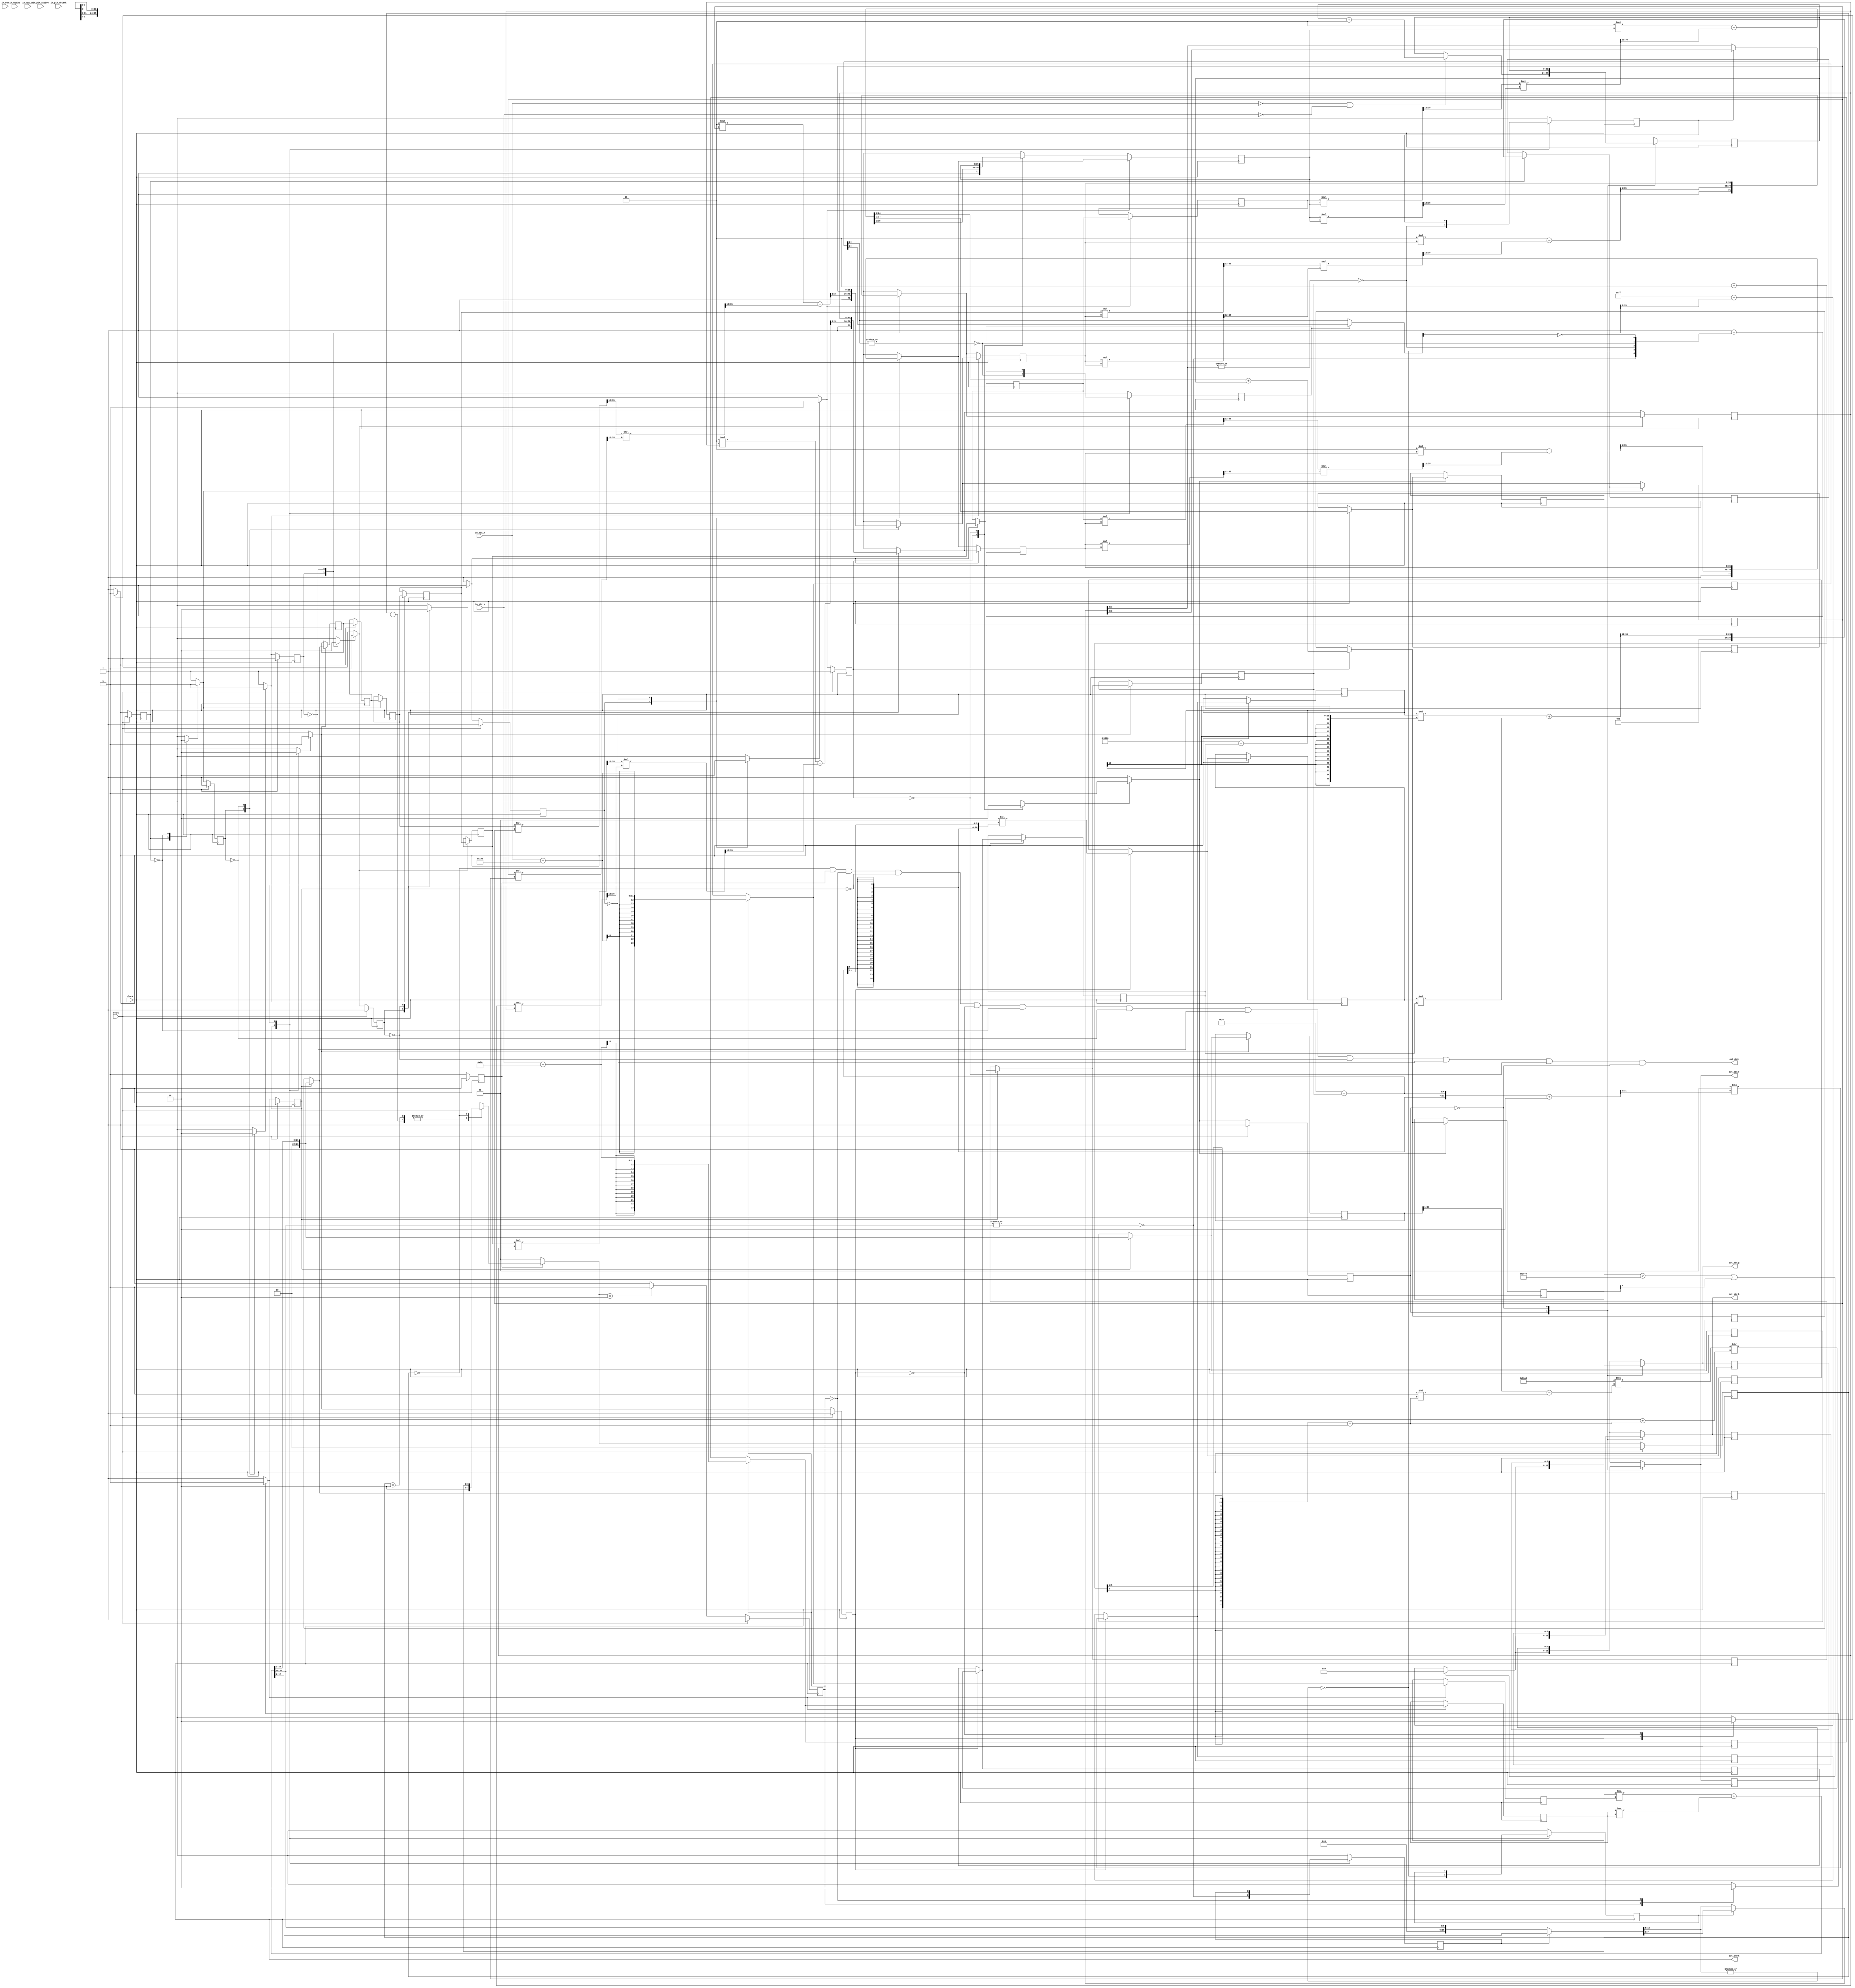
/*
[Bare framework] Leave empty, this is used when exporting to verilog
*/

module M_frame_display (
in_pix_x,
in_pix_y,
in_pix_active,
in_pix_vblank,
in_vga_hs,
in_vga_vs,
out_pix_r,
out_pix_g,
out_pix_b,
in_run,
out_done,
reset,
out_clock,
clock
);
input  [10:0] in_pix_x;
input  [10:0] in_pix_y;
input  [0:0] in_pix_active;
input  [0:0] in_pix_vblank;
input  [0:0] in_vga_hs;
input  [0:0] in_vga_vs;
output  [7:0] out_pix_r;
output  [7:0] out_pix_g;
output  [7:0] out_pix_b;
input in_run;
output out_done;
input reset;
output out_clock;
input clock;
assign out_clock = clock;
reg signed [23:0] _t___stage___block_5_view_x;
reg signed [23:0] _t___stage___block_5_view_y;
reg  [23:0] _t___stage___block_6_lsq;
reg  [23:0] _t___stage___block_6_inv_l;
reg  [23:0] _t___block_7_c_rsqrt_v;
reg  [18:0] _t___block_7_c_rsqrt_b;
reg  [18:0] _t___block_7_c_rsqrt_t;
reg  [31:0] _t___block_7_c_rsqrt_l;
reg  [18:0] _t___block_7_c_rsqrt_ff;
reg  [4:0] _t___block_7_c_rsqrt_lx;
reg  [31:0] _t___block_7_c_rsqrt_xx;
reg  [4:0] _t___block_8_clog_count;
reg  [3:0] _t___block_9_clz_r_half_count;
reg  [15:0] _t___block_9_clz_r_lhs;
reg  [15:0] _t___block_9_clz_r_rhs;
reg  [15:0] _t___block_9_clz_r_half;
reg  [2:0] _t___block_10_clz_r_half_count;
reg  [7:0] _t___block_10_clz_r_lhs;
reg  [7:0] _t___block_10_clz_r_rhs;
reg  [7:0] _t___block_10_clz_r_half;
reg  [1:0] _t___block_11_clz_r_half_count;
reg  [3:0] _t___block_11_clz_r_lhs;
reg  [3:0] _t___block_11_clz_r_rhs;
reg  [3:0] _t___block_11_clz_r_half;
reg  [0:0] _t___block_12_clz_r_half_count;
reg  [1:0] _t___block_12_clz_r_lhs;
reg  [1:0] _t___block_12_clz_r_rhs;
reg  [1:0] _t___block_12_clz_r_half;
reg  [35:0] _t___stage___block_21_y;
reg  [23:0] _t___block_27_invd;
reg  [0:0] _t___stage___block_28_in_circ;
reg  [7:0] _t___stage___block_28_comp;
reg  [7:0] _t___stage___block_28_shaded;

reg  [23:0] _d_frame = 0;
reg  [23:0] _q_frame = 0;
reg  [0:0] _d___block_9_clz_r_left_empty;
reg  [0:0] _q___block_9_clz_r_left_empty;
reg  [0:0] _d___block_10_clz_r_left_empty;
reg  [0:0] _q___block_10_clz_r_left_empty;
reg  [0:0] _d___block_11_clz_r_left_empty;
reg  [0:0] _q___block_11_clz_r_left_empty;
reg  [0:0] _d___block_12_clz_r_left_empty;
reg  [0:0] _q___block_12_clz_r_left_empty;
reg  [23:0] _d___pip_11_1_8___block_27_invd;
reg  [23:0] _q___pip_11_1_8___block_27_invd;
reg  [23:0] _d___pip_11_1_9___block_27_invd;
reg  [23:0] _q___pip_11_1_9___block_27_invd;
reg  [18:0] _d___pip_11_1_2___block_7_c_rsqrt_b;
reg  [18:0] _q___pip_11_1_2___block_7_c_rsqrt_b;
reg  [18:0] _d___pip_11_1_3___block_7_c_rsqrt_b;
reg  [18:0] _q___pip_11_1_3___block_7_c_rsqrt_b;
reg  [18:0] _d___pip_11_1_2___block_7_c_rsqrt_ff;
reg  [18:0] _q___pip_11_1_2___block_7_c_rsqrt_ff;
reg  [18:0] _d___pip_11_1_3___block_7_c_rsqrt_ff;
reg  [18:0] _q___pip_11_1_3___block_7_c_rsqrt_ff;
reg  [4:0] _d___pip_11_1_1___block_7_c_rsqrt_lx;
reg  [4:0] _q___pip_11_1_1___block_7_c_rsqrt_lx;
reg  [4:0] _d___pip_11_1_2___block_7_c_rsqrt_lx;
reg  [4:0] _q___pip_11_1_2___block_7_c_rsqrt_lx;
reg  [18:0] _d___pip_11_1_2___block_7_c_rsqrt_t;
reg  [18:0] _q___pip_11_1_2___block_7_c_rsqrt_t;
reg  [18:0] _d___pip_11_1_3___block_7_c_rsqrt_t;
reg  [18:0] _q___pip_11_1_3___block_7_c_rsqrt_t;
reg  [23:0] _d___pip_11_1_1___block_7_c_rsqrt_v;
reg  [23:0] _q___pip_11_1_1___block_7_c_rsqrt_v;
reg  [23:0] _d___pip_11_1_2___block_7_c_rsqrt_v;
reg  [23:0] _q___pip_11_1_2___block_7_c_rsqrt_v;
reg  [35:0] _d___pip_11_1_3___stage___block_21_y;
reg  [35:0] _q___pip_11_1_3___stage___block_21_y;
reg  [35:0] _d___pip_11_1_4___stage___block_21_y;
reg  [35:0] _q___pip_11_1_4___stage___block_21_y;
reg  [35:0] _d___pip_11_1_5___stage___block_21_y;
reg  [35:0] _q___pip_11_1_5___stage___block_21_y;
reg  [35:0] _d___pip_11_1_6___stage___block_21_y;
reg  [35:0] _q___pip_11_1_6___stage___block_21_y;
reg  [35:0] _d___pip_11_1_7___stage___block_21_y;
reg  [35:0] _q___pip_11_1_7___stage___block_21_y;
reg  [35:0] _d___pip_11_1_8___stage___block_21_y;
reg  [35:0] _q___pip_11_1_8___stage___block_21_y;
reg signed [23:0] _d___pip_11_1_0___stage___block_5_view_x;
reg signed [23:0] _q___pip_11_1_0___stage___block_5_view_x;
reg signed [23:0] _d___pip_11_1_1___stage___block_5_view_x;
reg signed [23:0] _q___pip_11_1_1___stage___block_5_view_x;
reg signed [23:0] _d___pip_11_1_0___stage___block_5_view_y;
reg signed [23:0] _q___pip_11_1_0___stage___block_5_view_y;
reg signed [23:0] _d___pip_11_1_1___stage___block_5_view_y;
reg signed [23:0] _q___pip_11_1_1___stage___block_5_view_y;
reg  [23:0] _d___pip_11_1_8___stage___block_6_inv_l;
reg  [23:0] _q___pip_11_1_8___stage___block_6_inv_l;
reg  [23:0] _d___pip_11_1_9___stage___block_6_inv_l;
reg  [23:0] _q___pip_11_1_9___stage___block_6_inv_l;
reg  [23:0] _d___pip_11_1_1___stage___block_6_lsq;
reg  [23:0] _q___pip_11_1_1___stage___block_6_lsq;
reg  [23:0] _d___pip_11_1_2___stage___block_6_lsq;
reg  [23:0] _q___pip_11_1_2___stage___block_6_lsq;
reg  [23:0] _d___pip_11_1_3___stage___block_6_lsq;
reg  [23:0] _q___pip_11_1_3___stage___block_6_lsq;
reg  [23:0] _d___pip_11_1_4___stage___block_6_lsq;
reg  [23:0] _q___pip_11_1_4___stage___block_6_lsq;
reg  [23:0] _d___pip_11_1_5___stage___block_6_lsq;
reg  [23:0] _q___pip_11_1_5___stage___block_6_lsq;
reg  [23:0] _d___pip_11_1_6___stage___block_6_lsq;
reg  [23:0] _q___pip_11_1_6___stage___block_6_lsq;
reg  [23:0] _d___pip_11_1_7___stage___block_6_lsq;
reg  [23:0] _q___pip_11_1_7___stage___block_6_lsq;
reg  [23:0] _d___pip_11_1_8___stage___block_6_lsq;
reg  [23:0] _q___pip_11_1_8___stage___block_6_lsq;
reg  [7:0] _d_pix_r;
reg  [7:0] _q_pix_r;
reg  [7:0] _d_pix_g;
reg  [7:0] _q_pix_g;
reg  [7:0] _d_pix_b;
reg  [7:0] _q_pix_b;
reg  [1:0] _d__idx_fsm0,_q__idx_fsm0;
reg  _autorun = 0;
reg  [0:0] _d__idx_fsm___pip_11_1_0,_q__idx_fsm___pip_11_1_0;
wire _ready_fsm___pip_11_1_0 = (_q__idx_fsm___pip_11_1_0 == 1) || (_q__idx_fsm___pip_11_1_0 == 0);
reg  [0:0] _d__full_fsm___pip_11_1_0 = 0,_q__full_fsm___pip_11_1_0 = 0;
reg  [0:0] _t__stall_fsm___pip_11_1_0 = 0;
reg  [0:0] _t__1stdisable_fsm___pip_11_1_0 = 0;
reg  [0:0] _d__idx_fsm___pip_11_1_1,_q__idx_fsm___pip_11_1_1;
wire _ready_fsm___pip_11_1_1 = (_q__idx_fsm___pip_11_1_1 == 1) || (_q__idx_fsm___pip_11_1_1 == 0);
reg  [0:0] _d__full_fsm___pip_11_1_1 = 0,_q__full_fsm___pip_11_1_1 = 0;
reg  [0:0] _t__stall_fsm___pip_11_1_1 = 0;
reg  [0:0] _t__1stdisable_fsm___pip_11_1_1 = 0;
reg  [0:0] _d__idx_fsm___pip_11_1_2,_q__idx_fsm___pip_11_1_2;
wire _ready_fsm___pip_11_1_2 = (_q__idx_fsm___pip_11_1_2 == 1) || (_q__idx_fsm___pip_11_1_2 == 0);
reg  [0:0] _d__full_fsm___pip_11_1_2 = 0,_q__full_fsm___pip_11_1_2 = 0;
reg  [0:0] _t__stall_fsm___pip_11_1_2 = 0;
reg  [0:0] _t__1stdisable_fsm___pip_11_1_2 = 0;
reg  [0:0] _d__idx_fsm___pip_11_1_3,_q__idx_fsm___pip_11_1_3;
wire _ready_fsm___pip_11_1_3 = (_q__idx_fsm___pip_11_1_3 == 1) || (_q__idx_fsm___pip_11_1_3 == 0);
reg  [0:0] _d__full_fsm___pip_11_1_3 = 0,_q__full_fsm___pip_11_1_3 = 0;
reg  [0:0] _t__stall_fsm___pip_11_1_3 = 0;
reg  [0:0] _t__1stdisable_fsm___pip_11_1_3 = 0;
reg  [0:0] _d__idx_fsm___pip_11_1_4,_q__idx_fsm___pip_11_1_4;
wire _ready_fsm___pip_11_1_4 = (_q__idx_fsm___pip_11_1_4 == 1) || (_q__idx_fsm___pip_11_1_4 == 0);
reg  [0:0] _d__full_fsm___pip_11_1_4 = 0,_q__full_fsm___pip_11_1_4 = 0;
reg  [0:0] _t__stall_fsm___pip_11_1_4 = 0;
reg  [0:0] _t__1stdisable_fsm___pip_11_1_4 = 0;
reg  [0:0] _d__idx_fsm___pip_11_1_5,_q__idx_fsm___pip_11_1_5;
wire _ready_fsm___pip_11_1_5 = (_q__idx_fsm___pip_11_1_5 == 1) || (_q__idx_fsm___pip_11_1_5 == 0);
reg  [0:0] _d__full_fsm___pip_11_1_5 = 0,_q__full_fsm___pip_11_1_5 = 0;
reg  [0:0] _t__stall_fsm___pip_11_1_5 = 0;
reg  [0:0] _t__1stdisable_fsm___pip_11_1_5 = 0;
reg  [0:0] _d__idx_fsm___pip_11_1_6,_q__idx_fsm___pip_11_1_6;
wire _ready_fsm___pip_11_1_6 = (_q__idx_fsm___pip_11_1_6 == 1) || (_q__idx_fsm___pip_11_1_6 == 0);
reg  [0:0] _d__full_fsm___pip_11_1_6 = 0,_q__full_fsm___pip_11_1_6 = 0;
reg  [0:0] _t__stall_fsm___pip_11_1_6 = 0;
reg  [0:0] _t__1stdisable_fsm___pip_11_1_6 = 0;
reg  [0:0] _d__idx_fsm___pip_11_1_7,_q__idx_fsm___pip_11_1_7;
wire _ready_fsm___pip_11_1_7 = (_q__idx_fsm___pip_11_1_7 == 1) || (_q__idx_fsm___pip_11_1_7 == 0);
reg  [0:0] _d__full_fsm___pip_11_1_7 = 0,_q__full_fsm___pip_11_1_7 = 0;
reg  [0:0] _t__stall_fsm___pip_11_1_7 = 0;
reg  [0:0] _t__1stdisable_fsm___pip_11_1_7 = 0;
reg  [0:0] _d__idx_fsm___pip_11_1_8,_q__idx_fsm___pip_11_1_8;
wire _ready_fsm___pip_11_1_8 = (_q__idx_fsm___pip_11_1_8 == 1) || (_q__idx_fsm___pip_11_1_8 == 0);
reg  [0:0] _d__full_fsm___pip_11_1_8 = 0,_q__full_fsm___pip_11_1_8 = 0;
reg  [0:0] _t__stall_fsm___pip_11_1_8 = 0;
reg  [0:0] _t__1stdisable_fsm___pip_11_1_8 = 0;
reg  [0:0] _d__idx_fsm___pip_11_1_9,_q__idx_fsm___pip_11_1_9;
wire _ready_fsm___pip_11_1_9 = (_q__idx_fsm___pip_11_1_9 == 1) || (_q__idx_fsm___pip_11_1_9 == 0);
reg  [0:0] _d__full_fsm___pip_11_1_9 = 0,_q__full_fsm___pip_11_1_9 = 0;
reg  [0:0] _t__stall_fsm___pip_11_1_9 = 0;
reg  [0:0] _t__1stdisable_fsm___pip_11_1_9 = 0;
assign out_pix_r = _d_pix_r;
assign out_pix_g = _d_pix_g;
assign out_pix_b = _d_pix_b;
assign out_done = (_q__idx_fsm0 == 0) && _autorun
 &&   _q__idx_fsm___pip_11_1_0 == 0 && ~ _q__full_fsm___pip_11_1_0
 &&   _q__idx_fsm___pip_11_1_1 == 0 && ~ _q__full_fsm___pip_11_1_1
 &&   _q__idx_fsm___pip_11_1_2 == 0 && ~ _q__full_fsm___pip_11_1_2
 &&   _q__idx_fsm___pip_11_1_3 == 0 && ~ _q__full_fsm___pip_11_1_3
 &&   _q__idx_fsm___pip_11_1_4 == 0 && ~ _q__full_fsm___pip_11_1_4
 &&   _q__idx_fsm___pip_11_1_5 == 0 && ~ _q__full_fsm___pip_11_1_5
 &&   _q__idx_fsm___pip_11_1_6 == 0 && ~ _q__full_fsm___pip_11_1_6
 &&   _q__idx_fsm___pip_11_1_7 == 0 && ~ _q__full_fsm___pip_11_1_7
 &&   _q__idx_fsm___pip_11_1_8 == 0 && ~ _q__full_fsm___pip_11_1_8
 &&   _q__idx_fsm___pip_11_1_9 == 0
;



`ifdef FORMAL
initial begin
assume(reset);
end
assume property($initstate || (out_done));
`endif
always @* begin
_d_frame = _q_frame;
_d___block_9_clz_r_left_empty = _q___block_9_clz_r_left_empty;
_d___block_10_clz_r_left_empty = _q___block_10_clz_r_left_empty;
_d___block_11_clz_r_left_empty = _q___block_11_clz_r_left_empty;
_d___block_12_clz_r_left_empty = _q___block_12_clz_r_left_empty;
_d___pip_11_1_8___block_27_invd = _q___pip_11_1_8___block_27_invd;
_d___pip_11_1_9___block_27_invd = _q___pip_11_1_9___block_27_invd;
_d___pip_11_1_2___block_7_c_rsqrt_b = _q___pip_11_1_2___block_7_c_rsqrt_b;
_d___pip_11_1_3___block_7_c_rsqrt_b = _q___pip_11_1_3___block_7_c_rsqrt_b;
_d___pip_11_1_2___block_7_c_rsqrt_ff = _q___pip_11_1_2___block_7_c_rsqrt_ff;
_d___pip_11_1_3___block_7_c_rsqrt_ff = _q___pip_11_1_3___block_7_c_rsqrt_ff;
_d___pip_11_1_1___block_7_c_rsqrt_lx = _q___pip_11_1_1___block_7_c_rsqrt_lx;
_d___pip_11_1_2___block_7_c_rsqrt_lx = _q___pip_11_1_2___block_7_c_rsqrt_lx;
_d___pip_11_1_2___block_7_c_rsqrt_t = _q___pip_11_1_2___block_7_c_rsqrt_t;
_d___pip_11_1_3___block_7_c_rsqrt_t = _q___pip_11_1_3___block_7_c_rsqrt_t;
_d___pip_11_1_1___block_7_c_rsqrt_v = _q___pip_11_1_1___block_7_c_rsqrt_v;
_d___pip_11_1_2___block_7_c_rsqrt_v = _q___pip_11_1_2___block_7_c_rsqrt_v;
_d___pip_11_1_3___stage___block_21_y = _q___pip_11_1_3___stage___block_21_y;
_d___pip_11_1_4___stage___block_21_y = _q___pip_11_1_4___stage___block_21_y;
_d___pip_11_1_5___stage___block_21_y = _q___pip_11_1_5___stage___block_21_y;
_d___pip_11_1_6___stage___block_21_y = _q___pip_11_1_6___stage___block_21_y;
_d___pip_11_1_7___stage___block_21_y = _q___pip_11_1_7___stage___block_21_y;
_d___pip_11_1_8___stage___block_21_y = _q___pip_11_1_8___stage___block_21_y;
_d___pip_11_1_0___stage___block_5_view_x = _q___pip_11_1_0___stage___block_5_view_x;
_d___pip_11_1_1___stage___block_5_view_x = _q___pip_11_1_1___stage___block_5_view_x;
_d___pip_11_1_0___stage___block_5_view_y = _q___pip_11_1_0___stage___block_5_view_y;
_d___pip_11_1_1___stage___block_5_view_y = _q___pip_11_1_1___stage___block_5_view_y;
_d___pip_11_1_8___stage___block_6_inv_l = _q___pip_11_1_8___stage___block_6_inv_l;
_d___pip_11_1_9___stage___block_6_inv_l = _q___pip_11_1_9___stage___block_6_inv_l;
_d___pip_11_1_1___stage___block_6_lsq = _q___pip_11_1_1___stage___block_6_lsq;
_d___pip_11_1_2___stage___block_6_lsq = _q___pip_11_1_2___stage___block_6_lsq;
_d___pip_11_1_3___stage___block_6_lsq = _q___pip_11_1_3___stage___block_6_lsq;
_d___pip_11_1_4___stage___block_6_lsq = _q___pip_11_1_4___stage___block_6_lsq;
_d___pip_11_1_5___stage___block_6_lsq = _q___pip_11_1_5___stage___block_6_lsq;
_d___pip_11_1_6___stage___block_6_lsq = _q___pip_11_1_6___stage___block_6_lsq;
_d___pip_11_1_7___stage___block_6_lsq = _q___pip_11_1_7___stage___block_6_lsq;
_d___pip_11_1_8___stage___block_6_lsq = _q___pip_11_1_8___stage___block_6_lsq;
_d_pix_r = _q_pix_r;
_d_pix_g = _q_pix_g;
_d_pix_b = _q_pix_b;
_d__idx_fsm0 = _q__idx_fsm0;
_d__idx_fsm___pip_11_1_0 = _q__idx_fsm___pip_11_1_0;
_d__full_fsm___pip_11_1_0 = _q__full_fsm___pip_11_1_0;
_t__stall_fsm___pip_11_1_0 = 0;
_t__1stdisable_fsm___pip_11_1_0 = 0;
_d__idx_fsm___pip_11_1_1 = _q__idx_fsm___pip_11_1_1;
_d__full_fsm___pip_11_1_1 = _q__full_fsm___pip_11_1_1;
_t__stall_fsm___pip_11_1_1 = 0;
_t__1stdisable_fsm___pip_11_1_1 = 0;
_d__idx_fsm___pip_11_1_2 = _q__idx_fsm___pip_11_1_2;
_d__full_fsm___pip_11_1_2 = _q__full_fsm___pip_11_1_2;
_t__stall_fsm___pip_11_1_2 = 0;
_t__1stdisable_fsm___pip_11_1_2 = 0;
_d__idx_fsm___pip_11_1_3 = _q__idx_fsm___pip_11_1_3;
_d__full_fsm___pip_11_1_3 = _q__full_fsm___pip_11_1_3;
_t__stall_fsm___pip_11_1_3 = 0;
_t__1stdisable_fsm___pip_11_1_3 = 0;
_d__idx_fsm___pip_11_1_4 = _q__idx_fsm___pip_11_1_4;
_d__full_fsm___pip_11_1_4 = _q__full_fsm___pip_11_1_4;
_t__stall_fsm___pip_11_1_4 = 0;
_t__1stdisable_fsm___pip_11_1_4 = 0;
_d__idx_fsm___pip_11_1_5 = _q__idx_fsm___pip_11_1_5;
_d__full_fsm___pip_11_1_5 = _q__full_fsm___pip_11_1_5;
_t__stall_fsm___pip_11_1_5 = 0;
_t__1stdisable_fsm___pip_11_1_5 = 0;
_d__idx_fsm___pip_11_1_6 = _q__idx_fsm___pip_11_1_6;
_d__full_fsm___pip_11_1_6 = _q__full_fsm___pip_11_1_6;
_t__stall_fsm___pip_11_1_6 = 0;
_t__1stdisable_fsm___pip_11_1_6 = 0;
_d__idx_fsm___pip_11_1_7 = _q__idx_fsm___pip_11_1_7;
_d__full_fsm___pip_11_1_7 = _q__full_fsm___pip_11_1_7;
_t__stall_fsm___pip_11_1_7 = 0;
_t__1stdisable_fsm___pip_11_1_7 = 0;
_d__idx_fsm___pip_11_1_8 = _q__idx_fsm___pip_11_1_8;
_d__full_fsm___pip_11_1_8 = _q__full_fsm___pip_11_1_8;
_t__stall_fsm___pip_11_1_8 = 0;
_t__1stdisable_fsm___pip_11_1_8 = 0;
_d__idx_fsm___pip_11_1_9 = _q__idx_fsm___pip_11_1_9;
_d__full_fsm___pip_11_1_9 = _q__full_fsm___pip_11_1_9;
_t__stall_fsm___pip_11_1_9 = 0;
_t__1stdisable_fsm___pip_11_1_9 = 0;
_t___stage___block_5_view_x = 0;
_t___stage___block_5_view_y = 0;
_t___stage___block_6_lsq = 0;
_t___stage___block_6_inv_l = 0;
_t___block_7_c_rsqrt_v = 0;
_t___block_7_c_rsqrt_b = 0;
_t___block_7_c_rsqrt_t = 0;
_t___block_7_c_rsqrt_l = 0;
_t___block_7_c_rsqrt_ff = 0;
_t___block_7_c_rsqrt_lx = 0;
_t___block_7_c_rsqrt_xx = 0;
_t___block_8_clog_count = 0;
_t___block_9_clz_r_half_count = 0;
_t___block_9_clz_r_lhs = 0;
_t___block_9_clz_r_rhs = 0;
_t___block_9_clz_r_half = 0;
_t___block_10_clz_r_half_count = 0;
_t___block_10_clz_r_lhs = 0;
_t___block_10_clz_r_rhs = 0;
_t___block_10_clz_r_half = 0;
_t___block_11_clz_r_half_count = 0;
_t___block_11_clz_r_lhs = 0;
_t___block_11_clz_r_rhs = 0;
_t___block_11_clz_r_half = 0;
_t___block_12_clz_r_half_count = 0;
_t___block_12_clz_r_lhs = 0;
_t___block_12_clz_r_rhs = 0;
_t___block_12_clz_r_half = 0;
_t___stage___block_21_y = 0;
_t___block_27_invd = 0;
_t___stage___block_28_in_circ = 0;
_t___stage___block_28_comp = 0;
_t___stage___block_28_shaded = 0;
// _always_pre
(* full_case *)
case (_q__idx_fsm0)
1: begin
// _top
_d__idx_fsm0 = 2;
end
2: begin
// __while__block_1
if (1) begin
// __block_2
// __block_4
// --> pipeline __pip_11_1 starts here
_t__1stdisable_fsm___pip_11_1_0 = 0;
// __block_34
// __block_35
_d__idx_fsm0 = 2;
end else begin
// __block_3
_d__idx_fsm0 = 0;
_t__1stdisable_fsm___pip_11_1_0 = 1;
end
end
0: begin 
end
default: begin 
_d__idx_fsm0 = {2{1'bx}};
`ifdef FORMAL
assume(0);
`endif
 end
endcase
// ==== pipelines ====
// pipeline
// -------- stage 0
(* full_case *)
case (_q__idx_fsm___pip_11_1_0)
1: begin
if (~_t__1stdisable_fsm___pip_11_1_0) begin 
// __stage___block_5
_t___stage___block_5_view_x = (($signed(in_pix_x)-$signed(24'd320)));

_t___stage___block_5_view_y = (($signed(in_pix_y)-$signed(24'd240)));

// end of pipeline stage
_d__full_fsm___pip_11_1_0 = 1;
end // 7
_d__idx_fsm___pip_11_1_0 = _t__stall_fsm___pip_11_1_0 ? 1 : 0;
end
0: begin 
end
default: begin 
_d__idx_fsm___pip_11_1_0 = {1{1'bx}};
`ifdef FORMAL
assume(0);
`endif
 end
endcase
// --- trickling
if (_q__idx_fsm___pip_11_1_0 == 1  ) begin
_d___pip_11_1_0___stage___block_5_view_y = _t___stage___block_5_view_y;
end else begin
_d___pip_11_1_0___stage___block_5_view_y = _q___pip_11_1_0___stage___block_5_view_y;
end
if (_q__idx_fsm___pip_11_1_0 == 1  ) begin
_d___pip_11_1_0___stage___block_5_view_x = _t___stage___block_5_view_x;
end else begin
_d___pip_11_1_0___stage___block_5_view_x = _q___pip_11_1_0___stage___block_5_view_x;
end
// -------- stage 1
(* full_case *)
case (_q__idx_fsm___pip_11_1_1)
1: begin
// __stage___block_6
_t___stage___block_6_lsq = (_q___pip_11_1_1___stage___block_5_view_x*_q___pip_11_1_1___stage___block_5_view_x+_q___pip_11_1_1___stage___block_5_view_y*_q___pip_11_1_1___stage___block_5_view_y)>>2;

// __block_7_c_rsqrt
_t___block_7_c_rsqrt_xx = _t___stage___block_6_lsq;

// __block_8_clog
// __block_9_clz_r
_t___block_9_clz_r_lhs = _t___block_7_c_rsqrt_xx[16+:16];

_t___block_9_clz_r_rhs = _t___block_7_c_rsqrt_xx[0+:16];

_t___block_9_clz_r_half = _q___block_9_clz_r_left_empty ? _t___block_9_clz_r_rhs:_t___block_9_clz_r_lhs;

_d___block_9_clz_r_left_empty = ~|_t___block_9_clz_r_lhs;

// __block_10_clz_r
_t___block_10_clz_r_lhs = _t___block_9_clz_r_half[8+:8];

_t___block_10_clz_r_rhs = _t___block_9_clz_r_half[0+:8];

_t___block_10_clz_r_half = _q___block_10_clz_r_left_empty ? _t___block_10_clz_r_rhs:_t___block_10_clz_r_lhs;

_d___block_10_clz_r_left_empty = ~|_t___block_10_clz_r_lhs;

// __block_11_clz_r
_t___block_11_clz_r_lhs = _t___block_10_clz_r_half[4+:4];

_t___block_11_clz_r_rhs = _t___block_10_clz_r_half[0+:4];

_t___block_11_clz_r_half = _q___block_11_clz_r_left_empty ? _t___block_11_clz_r_rhs:_t___block_11_clz_r_lhs;

_d___block_11_clz_r_left_empty = ~|_t___block_11_clz_r_lhs;

// __block_12_clz_r
_t___block_12_clz_r_lhs = _t___block_11_clz_r_half[2+:2];

_t___block_12_clz_r_rhs = _t___block_11_clz_r_half[0+:2];

_t___block_12_clz_r_half = _q___block_12_clz_r_left_empty ? _t___block_12_clz_r_rhs:_t___block_12_clz_r_lhs;

_d___block_12_clz_r_left_empty = ~|_t___block_12_clz_r_lhs;

// __block_13_clz_r
_t___block_12_clz_r_half_count = !_t___block_12_clz_r_half[1+:1];

// __block_14
_t___block_11_clz_r_half_count = {_d___block_12_clz_r_left_empty,_t___block_12_clz_r_half_count};

// __block_15
_t___block_10_clz_r_half_count = {_d___block_11_clz_r_left_empty,_t___block_11_clz_r_half_count};

// __block_16
_t___block_9_clz_r_half_count = {_d___block_10_clz_r_left_empty,_t___block_10_clz_r_half_count};

// __block_17
_t___block_8_clog_count = {_d___block_9_clz_r_left_empty,_t___block_9_clz_r_half_count};

// __block_18
_t___block_7_c_rsqrt_lx = 32-_t___block_8_clog_count;

// __block_19
_t___block_7_c_rsqrt_v = _t___stage___block_6_lsq;

// end of pipeline stage
_d__full_fsm___pip_11_1_1 = 1;
_d__idx_fsm___pip_11_1_1 = _t__stall_fsm___pip_11_1_1 ? 1 : 0;
end
0: begin 
end
default: begin 
_d__idx_fsm___pip_11_1_1 = {1{1'bx}};
`ifdef FORMAL
assume(0);
`endif
 end
endcase
// --- trickling
if (_q__idx_fsm___pip_11_1_1 == 1  ) begin
_d___pip_11_1_1___stage___block_6_lsq = _t___stage___block_6_lsq;
end else begin
_d___pip_11_1_1___stage___block_6_lsq = _q___pip_11_1_1___stage___block_6_lsq;
end
if (_q__idx_fsm___pip_11_1_1 == 1  ) begin
_d___pip_11_1_1___block_7_c_rsqrt_v = _t___block_7_c_rsqrt_v;
end else begin
_d___pip_11_1_1___block_7_c_rsqrt_v = _q___pip_11_1_1___block_7_c_rsqrt_v;
end
if (_q__idx_fsm___pip_11_1_1 == 1  ) begin
_d___pip_11_1_1___block_7_c_rsqrt_lx = _t___block_7_c_rsqrt_lx;
end else begin
_d___pip_11_1_1___block_7_c_rsqrt_lx = _q___pip_11_1_1___block_7_c_rsqrt_lx;
end
// -------- stage 2
(* full_case *)
case (_q__idx_fsm___pip_11_1_2)
1: begin
// __stage___block_20
_t___block_7_c_rsqrt_t = 1<<((36-_q___pip_11_1_2___block_7_c_rsqrt_lx+2)>>1);

_t___block_7_c_rsqrt_b = 1<<((36-_q___pip_11_1_2___block_7_c_rsqrt_lx)>>1);

_t___block_7_c_rsqrt_l = (((_q___pip_11_1_2___block_7_c_rsqrt_lx-3)>>1)<<1)+1;

_t___block_7_c_rsqrt_ff = (5792*((_q___pip_11_1_2___block_7_c_rsqrt_v>>1)-(1<<_t___block_7_c_rsqrt_l)))>>(2+_t___block_7_c_rsqrt_l);

// end of pipeline stage
_d__full_fsm___pip_11_1_2 = 1;
_d__idx_fsm___pip_11_1_2 = _t__stall_fsm___pip_11_1_2 ? 1 : 0;
end
0: begin 
end
default: begin 
_d__idx_fsm___pip_11_1_2 = {1{1'bx}};
`ifdef FORMAL
assume(0);
`endif
 end
endcase
// --- trickling
if (_q__idx_fsm___pip_11_1_2 == 1  ) begin
_d___pip_11_1_2___block_7_c_rsqrt_t = _t___block_7_c_rsqrt_t;
end else begin
_d___pip_11_1_2___block_7_c_rsqrt_t = _q___pip_11_1_2___block_7_c_rsqrt_t;
end
if (_q__idx_fsm___pip_11_1_2 == 1  ) begin
_d___pip_11_1_2___block_7_c_rsqrt_ff = _t___block_7_c_rsqrt_ff;
end else begin
_d___pip_11_1_2___block_7_c_rsqrt_ff = _q___pip_11_1_2___block_7_c_rsqrt_ff;
end
if (_q__idx_fsm___pip_11_1_2 == 1  ) begin
_d___pip_11_1_2___block_7_c_rsqrt_b = _t___block_7_c_rsqrt_b;
end else begin
_d___pip_11_1_2___block_7_c_rsqrt_b = _q___pip_11_1_2___block_7_c_rsqrt_b;
end
// -------- stage 3
(* full_case *)
case (_q__idx_fsm___pip_11_1_3)
1: begin
// __stage___block_21
_t___stage___block_21_y = (_q___pip_11_1_3___block_7_c_rsqrt_t*(4096-_q___pip_11_1_3___block_7_c_rsqrt_ff)+_q___pip_11_1_3___block_7_c_rsqrt_b*_q___pip_11_1_3___block_7_c_rsqrt_ff)>>12;

// end of pipeline stage
_d__full_fsm___pip_11_1_3 = 1;
_d__idx_fsm___pip_11_1_3 = _t__stall_fsm___pip_11_1_3 ? 1 : 0;
end
0: begin 
end
default: begin 
_d__idx_fsm___pip_11_1_3 = {1{1'bx}};
`ifdef FORMAL
assume(0);
`endif
 end
endcase
// --- trickling
if (_q__idx_fsm___pip_11_1_3 == 1  ) begin
_d___pip_11_1_3___stage___block_21_y = _t___stage___block_21_y;
end else begin
_d___pip_11_1_3___stage___block_21_y = _q___pip_11_1_3___stage___block_21_y;
end
// -------- stage 4
(* full_case *)
case (_q__idx_fsm___pip_11_1_4)
1: begin
// __stage___block_22
_d___pip_11_1_4___stage___block_21_y = (3*_q___pip_11_1_4___stage___block_21_y-((((_q___pip_11_1_4___stage___block_6_lsq*_q___pip_11_1_4___stage___block_21_y)>>12)*((_q___pip_11_1_4___stage___block_21_y*_q___pip_11_1_4___stage___block_21_y)>>12))>>12))>>1;

// end of pipeline stage
_d__full_fsm___pip_11_1_4 = 1;
_d__idx_fsm___pip_11_1_4 = _t__stall_fsm___pip_11_1_4 ? 1 : 0;
end
0: begin 
end
default: begin 
_d__idx_fsm___pip_11_1_4 = {1{1'bx}};
`ifdef FORMAL
assume(0);
`endif
 end
endcase
// --- trickling
// -------- stage 5
(* full_case *)
case (_q__idx_fsm___pip_11_1_5)
1: begin
// __stage___block_23
_d___pip_11_1_5___stage___block_21_y = (3*_q___pip_11_1_5___stage___block_21_y-((((_q___pip_11_1_5___stage___block_6_lsq*_q___pip_11_1_5___stage___block_21_y)>>12)*((_q___pip_11_1_5___stage___block_21_y*_q___pip_11_1_5___stage___block_21_y)>>12))>>12))>>1;

// end of pipeline stage
_d__full_fsm___pip_11_1_5 = 1;
_d__idx_fsm___pip_11_1_5 = _t__stall_fsm___pip_11_1_5 ? 1 : 0;
end
0: begin 
end
default: begin 
_d__idx_fsm___pip_11_1_5 = {1{1'bx}};
`ifdef FORMAL
assume(0);
`endif
 end
endcase
// --- trickling
// -------- stage 6
(* full_case *)
case (_q__idx_fsm___pip_11_1_6)
1: begin
// __stage___block_24
_d___pip_11_1_6___stage___block_21_y = (3*_q___pip_11_1_6___stage___block_21_y-((((_q___pip_11_1_6___stage___block_6_lsq*_q___pip_11_1_6___stage___block_21_y)>>12)*((_q___pip_11_1_6___stage___block_21_y*_q___pip_11_1_6___stage___block_21_y)>>12))>>12))>>1;

// end of pipeline stage
_d__full_fsm___pip_11_1_6 = 1;
_d__idx_fsm___pip_11_1_6 = _t__stall_fsm___pip_11_1_6 ? 1 : 0;
end
0: begin 
end
default: begin 
_d__idx_fsm___pip_11_1_6 = {1{1'bx}};
`ifdef FORMAL
assume(0);
`endif
 end
endcase
// --- trickling
// -------- stage 7
(* full_case *)
case (_q__idx_fsm___pip_11_1_7)
1: begin
// __stage___block_25
_d___pip_11_1_7___stage___block_21_y = (3*_q___pip_11_1_7___stage___block_21_y-((((_q___pip_11_1_7___stage___block_6_lsq*_q___pip_11_1_7___stage___block_21_y)>>12)*((_q___pip_11_1_7___stage___block_21_y*_q___pip_11_1_7___stage___block_21_y)>>12))>>12))>>1;

// end of pipeline stage
_d__full_fsm___pip_11_1_7 = 1;
_d__idx_fsm___pip_11_1_7 = _t__stall_fsm___pip_11_1_7 ? 1 : 0;
end
0: begin 
end
default: begin 
_d__idx_fsm___pip_11_1_7 = {1{1'bx}};
`ifdef FORMAL
assume(0);
`endif
 end
endcase
// --- trickling
// -------- stage 8
(* full_case *)
case (_q__idx_fsm___pip_11_1_8)
1: begin
// __stage___block_26
_d___pip_11_1_8___stage___block_21_y = (3*_q___pip_11_1_8___stage___block_21_y-((((_q___pip_11_1_8___stage___block_6_lsq*_q___pip_11_1_8___stage___block_21_y)>>12)*((_q___pip_11_1_8___stage___block_21_y*_q___pip_11_1_8___stage___block_21_y)>>12))>>12))>>1;

_t___stage___block_6_inv_l = _d___pip_11_1_8___stage___block_21_y;

// __block_27
_t___block_27_invd = (_t___stage___block_6_inv_l>>4)+_q_frame;

// end of pipeline stage
_d__full_fsm___pip_11_1_8 = 1;
_d__idx_fsm___pip_11_1_8 = _t__stall_fsm___pip_11_1_8 ? 1 : 0;
end
0: begin 
end
default: begin 
_d__idx_fsm___pip_11_1_8 = {1{1'bx}};
`ifdef FORMAL
assume(0);
`endif
 end
endcase
// --- trickling
if (_q__idx_fsm___pip_11_1_8 == 1  ) begin
_d___pip_11_1_8___stage___block_6_inv_l = _t___stage___block_6_inv_l;
end else begin
_d___pip_11_1_8___stage___block_6_inv_l = _q___pip_11_1_8___stage___block_6_inv_l;
end
if (_q__idx_fsm___pip_11_1_8 == 1  ) begin
_d___pip_11_1_8___block_27_invd = _t___block_27_invd;
end else begin
_d___pip_11_1_8___block_27_invd = _q___pip_11_1_8___block_27_invd;
end
// -------- stage 9
(* full_case *)
case (_q__idx_fsm___pip_11_1_9)
1: begin
// __stage___block_28
_t___stage___block_28_in_circ = (_q___pip_11_1_9___block_27_invd>>6);

_t___stage___block_28_comp = _t___stage___block_28_in_circ ? 255:0;

_t___stage___block_28_shaded = _q___pip_11_1_9___stage___block_6_inv_l>16383||_t___stage___block_28_in_circ ? 0:(255-_q___pip_11_1_9___stage___block_6_inv_l[8+:8]);

_d_pix_r = _t___stage___block_28_shaded;

_d_pix_g = _t___stage___block_28_shaded;

_d_pix_b = _t___stage___block_28_shaded;

if (in_pix_x==0&&in_pix_y==0) begin
// __block_29
// __block_31
_d_frame = _q_frame+3;

// __block_32
end else begin
// __block_30
end
// 'after'
// __block_33
// end of last pipeline stage
_d__full_fsm___pip_11_1_9 = 1;
_d__idx_fsm___pip_11_1_9 = _t__stall_fsm___pip_11_1_9 ? 1 : 0;
end
0: begin 
end
default: begin 
_d__idx_fsm___pip_11_1_9 = {1{1'bx}};
`ifdef FORMAL
assume(0);
`endif
 end
endcase
// --- trickling
// ===================
// _always_post
// pipeline stage triggers
if ( (_ready_fsm___pip_11_1_9)   && (_d__full_fsm___pip_11_1_8)   && (!_t__stall_fsm___pip_11_1_8)   && (!_t__stall_fsm___pip_11_1_9)   ) begin
   _d__idx_fsm___pip_11_1_9 = 1;
   _d__full_fsm___pip_11_1_8 = 0;
end
if ( (_ready_fsm___pip_11_1_8)   && (_d__full_fsm___pip_11_1_7)   && (!_t__stall_fsm___pip_11_1_7)   && (!_d__full_fsm___pip_11_1_8)   && (!_t__stall_fsm___pip_11_1_8)   ) begin
   _d__idx_fsm___pip_11_1_8 = 1;
   _d__full_fsm___pip_11_1_7 = 0;
end
if ( (_ready_fsm___pip_11_1_7)   && (_d__full_fsm___pip_11_1_6)   && (!_t__stall_fsm___pip_11_1_6)   && (!_d__full_fsm___pip_11_1_7)   && (!_t__stall_fsm___pip_11_1_7)   ) begin
   _d__idx_fsm___pip_11_1_7 = 1;
   _d__full_fsm___pip_11_1_6 = 0;
end
if ( (_ready_fsm___pip_11_1_6)   && (_d__full_fsm___pip_11_1_5)   && (!_t__stall_fsm___pip_11_1_5)   && (!_d__full_fsm___pip_11_1_6)   && (!_t__stall_fsm___pip_11_1_6)   ) begin
   _d__idx_fsm___pip_11_1_6 = 1;
   _d__full_fsm___pip_11_1_5 = 0;
end
if ( (_ready_fsm___pip_11_1_5)   && (_d__full_fsm___pip_11_1_4)   && (!_t__stall_fsm___pip_11_1_4)   && (!_d__full_fsm___pip_11_1_5)   && (!_t__stall_fsm___pip_11_1_5)   ) begin
   _d__idx_fsm___pip_11_1_5 = 1;
   _d__full_fsm___pip_11_1_4 = 0;
end
if ( (_ready_fsm___pip_11_1_4)   && (_d__full_fsm___pip_11_1_3)   && (!_t__stall_fsm___pip_11_1_3)   && (!_d__full_fsm___pip_11_1_4)   && (!_t__stall_fsm___pip_11_1_4)   ) begin
   _d__idx_fsm___pip_11_1_4 = 1;
   _d__full_fsm___pip_11_1_3 = 0;
end
if ( (_ready_fsm___pip_11_1_3)   && (_d__full_fsm___pip_11_1_2)   && (!_t__stall_fsm___pip_11_1_2)   && (!_d__full_fsm___pip_11_1_3)   && (!_t__stall_fsm___pip_11_1_3)   ) begin
   _d__idx_fsm___pip_11_1_3 = 1;
   _d__full_fsm___pip_11_1_2 = 0;
end
if ( (_ready_fsm___pip_11_1_2)   && (_d__full_fsm___pip_11_1_1)   && (!_t__stall_fsm___pip_11_1_1)   && (!_d__full_fsm___pip_11_1_2)   && (!_t__stall_fsm___pip_11_1_2)   ) begin
   _d__idx_fsm___pip_11_1_2 = 1;
   _d__full_fsm___pip_11_1_1 = 0;
end
if ( (_ready_fsm___pip_11_1_1)   && (_d__full_fsm___pip_11_1_0)   && (!_t__stall_fsm___pip_11_1_0)   && (!_d__full_fsm___pip_11_1_1)   && (!_t__stall_fsm___pip_11_1_1)   ) begin
   _d__idx_fsm___pip_11_1_1 = 1;
   _d__full_fsm___pip_11_1_0 = 0;
end
if ( (_ready_fsm___pip_11_1_0)   && ((( ~_autorun ? 1 : _d__idx_fsm0)) == 2)
  && (!_d__full_fsm___pip_11_1_0)   && (!_t__stall_fsm___pip_11_1_0)   ) begin
   _d__idx_fsm___pip_11_1_0 = 1;
end
end

always @(posedge clock) begin
_q_frame <= _d_frame;
_q___block_9_clz_r_left_empty <= _d___block_9_clz_r_left_empty;
_q___block_10_clz_r_left_empty <= _d___block_10_clz_r_left_empty;
_q___block_11_clz_r_left_empty <= _d___block_11_clz_r_left_empty;
_q___block_12_clz_r_left_empty <= _d___block_12_clz_r_left_empty;
_q___pip_11_1_8___block_27_invd <= _d___pip_11_1_8___block_27_invd;
_q___pip_11_1_9___block_27_invd <= (_d__idx_fsm___pip_11_1_9 == 1 && !_t__stall_fsm___pip_11_1_9) ? _d___pip_11_1_8___block_27_invd : _d___pip_11_1_9___block_27_invd;
_q___pip_11_1_2___block_7_c_rsqrt_b <= _d___pip_11_1_2___block_7_c_rsqrt_b;
_q___pip_11_1_3___block_7_c_rsqrt_b <= (_d__idx_fsm___pip_11_1_3 == 1 && !_t__stall_fsm___pip_11_1_3) ? _d___pip_11_1_2___block_7_c_rsqrt_b : _d___pip_11_1_3___block_7_c_rsqrt_b;
_q___pip_11_1_2___block_7_c_rsqrt_ff <= _d___pip_11_1_2___block_7_c_rsqrt_ff;
_q___pip_11_1_3___block_7_c_rsqrt_ff <= (_d__idx_fsm___pip_11_1_3 == 1 && !_t__stall_fsm___pip_11_1_3) ? _d___pip_11_1_2___block_7_c_rsqrt_ff : _d___pip_11_1_3___block_7_c_rsqrt_ff;
_q___pip_11_1_1___block_7_c_rsqrt_lx <= _d___pip_11_1_1___block_7_c_rsqrt_lx;
_q___pip_11_1_2___block_7_c_rsqrt_lx <= (_d__idx_fsm___pip_11_1_2 == 1 && !_t__stall_fsm___pip_11_1_2) ? _d___pip_11_1_1___block_7_c_rsqrt_lx : _d___pip_11_1_2___block_7_c_rsqrt_lx;
_q___pip_11_1_2___block_7_c_rsqrt_t <= _d___pip_11_1_2___block_7_c_rsqrt_t;
_q___pip_11_1_3___block_7_c_rsqrt_t <= (_d__idx_fsm___pip_11_1_3 == 1 && !_t__stall_fsm___pip_11_1_3) ? _d___pip_11_1_2___block_7_c_rsqrt_t : _d___pip_11_1_3___block_7_c_rsqrt_t;
_q___pip_11_1_1___block_7_c_rsqrt_v <= _d___pip_11_1_1___block_7_c_rsqrt_v;
_q___pip_11_1_2___block_7_c_rsqrt_v <= (_d__idx_fsm___pip_11_1_2 == 1 && !_t__stall_fsm___pip_11_1_2) ? _d___pip_11_1_1___block_7_c_rsqrt_v : _d___pip_11_1_2___block_7_c_rsqrt_v;
_q___pip_11_1_3___stage___block_21_y <= _d___pip_11_1_3___stage___block_21_y;
_q___pip_11_1_4___stage___block_21_y <= (_d__idx_fsm___pip_11_1_4 == 1 && !_t__stall_fsm___pip_11_1_4) ? _d___pip_11_1_3___stage___block_21_y : _d___pip_11_1_4___stage___block_21_y;
_q___pip_11_1_5___stage___block_21_y <= (_d__idx_fsm___pip_11_1_5 == 1 && !_t__stall_fsm___pip_11_1_5) ? _d___pip_11_1_4___stage___block_21_y : _d___pip_11_1_5___stage___block_21_y;
_q___pip_11_1_6___stage___block_21_y <= (_d__idx_fsm___pip_11_1_6 == 1 && !_t__stall_fsm___pip_11_1_6) ? _d___pip_11_1_5___stage___block_21_y : _d___pip_11_1_6___stage___block_21_y;
_q___pip_11_1_7___stage___block_21_y <= (_d__idx_fsm___pip_11_1_7 == 1 && !_t__stall_fsm___pip_11_1_7) ? _d___pip_11_1_6___stage___block_21_y : _d___pip_11_1_7___stage___block_21_y;
_q___pip_11_1_8___stage___block_21_y <= (_d__idx_fsm___pip_11_1_8 == 1 && !_t__stall_fsm___pip_11_1_8) ? _d___pip_11_1_7___stage___block_21_y : _d___pip_11_1_8___stage___block_21_y;
_q___pip_11_1_0___stage___block_5_view_x <= _d___pip_11_1_0___stage___block_5_view_x;
_q___pip_11_1_1___stage___block_5_view_x <= (_d__idx_fsm___pip_11_1_1 == 1 && !_t__stall_fsm___pip_11_1_1) ? _d___pip_11_1_0___stage___block_5_view_x : _d___pip_11_1_1___stage___block_5_view_x;
_q___pip_11_1_0___stage___block_5_view_y <= _d___pip_11_1_0___stage___block_5_view_y;
_q___pip_11_1_1___stage___block_5_view_y <= (_d__idx_fsm___pip_11_1_1 == 1 && !_t__stall_fsm___pip_11_1_1) ? _d___pip_11_1_0___stage___block_5_view_y : _d___pip_11_1_1___stage___block_5_view_y;
_q___pip_11_1_8___stage___block_6_inv_l <= _d___pip_11_1_8___stage___block_6_inv_l;
_q___pip_11_1_9___stage___block_6_inv_l <= (_d__idx_fsm___pip_11_1_9 == 1 && !_t__stall_fsm___pip_11_1_9) ? _d___pip_11_1_8___stage___block_6_inv_l : _d___pip_11_1_9___stage___block_6_inv_l;
_q___pip_11_1_1___stage___block_6_lsq <= _d___pip_11_1_1___stage___block_6_lsq;
_q___pip_11_1_2___stage___block_6_lsq <= (_d__idx_fsm___pip_11_1_2 == 1 && !_t__stall_fsm___pip_11_1_2) ? _d___pip_11_1_1___stage___block_6_lsq : _d___pip_11_1_2___stage___block_6_lsq;
_q___pip_11_1_3___stage___block_6_lsq <= (_d__idx_fsm___pip_11_1_3 == 1 && !_t__stall_fsm___pip_11_1_3) ? _d___pip_11_1_2___stage___block_6_lsq : _d___pip_11_1_3___stage___block_6_lsq;
_q___pip_11_1_4___stage___block_6_lsq <= (_d__idx_fsm___pip_11_1_4 == 1 && !_t__stall_fsm___pip_11_1_4) ? _d___pip_11_1_3___stage___block_6_lsq : _d___pip_11_1_4___stage___block_6_lsq;
_q___pip_11_1_5___stage___block_6_lsq <= (_d__idx_fsm___pip_11_1_5 == 1 && !_t__stall_fsm___pip_11_1_5) ? _d___pip_11_1_4___stage___block_6_lsq : _d___pip_11_1_5___stage___block_6_lsq;
_q___pip_11_1_6___stage___block_6_lsq <= (_d__idx_fsm___pip_11_1_6 == 1 && !_t__stall_fsm___pip_11_1_6) ? _d___pip_11_1_5___stage___block_6_lsq : _d___pip_11_1_6___stage___block_6_lsq;
_q___pip_11_1_7___stage___block_6_lsq <= (_d__idx_fsm___pip_11_1_7 == 1 && !_t__stall_fsm___pip_11_1_7) ? _d___pip_11_1_6___stage___block_6_lsq : _d___pip_11_1_7___stage___block_6_lsq;
_q___pip_11_1_8___stage___block_6_lsq <= (_d__idx_fsm___pip_11_1_8 == 1 && !_t__stall_fsm___pip_11_1_8) ? _d___pip_11_1_7___stage___block_6_lsq : _d___pip_11_1_8___stage___block_6_lsq;
_q_pix_r <= _d_pix_r;
_q_pix_g <= _d_pix_g;
_q_pix_b <= _d_pix_b;
_q__idx_fsm0 <= reset ? 0 : ( ~_autorun ? 1 : _d__idx_fsm0);
_autorun <= reset ? 0 : 1;
_q__idx_fsm___pip_11_1_0 <= reset ? 0 : _d__idx_fsm___pip_11_1_0;
_q__full_fsm___pip_11_1_0 <= reset ? 0 : _d__full_fsm___pip_11_1_0;
_q__idx_fsm___pip_11_1_1 <= reset ? 0 : _d__idx_fsm___pip_11_1_1;
_q__full_fsm___pip_11_1_1 <= reset ? 0 : _d__full_fsm___pip_11_1_1;
_q__idx_fsm___pip_11_1_2 <= reset ? 0 : _d__idx_fsm___pip_11_1_2;
_q__full_fsm___pip_11_1_2 <= reset ? 0 : _d__full_fsm___pip_11_1_2;
_q__idx_fsm___pip_11_1_3 <= reset ? 0 : _d__idx_fsm___pip_11_1_3;
_q__full_fsm___pip_11_1_3 <= reset ? 0 : _d__full_fsm___pip_11_1_3;
_q__idx_fsm___pip_11_1_4 <= reset ? 0 : _d__idx_fsm___pip_11_1_4;
_q__full_fsm___pip_11_1_4 <= reset ? 0 : _d__full_fsm___pip_11_1_4;
_q__idx_fsm___pip_11_1_5 <= reset ? 0 : _d__idx_fsm___pip_11_1_5;
_q__full_fsm___pip_11_1_5 <= reset ? 0 : _d__full_fsm___pip_11_1_5;
_q__idx_fsm___pip_11_1_6 <= reset ? 0 : _d__idx_fsm___pip_11_1_6;
_q__full_fsm___pip_11_1_6 <= reset ? 0 : _d__full_fsm___pip_11_1_6;
_q__idx_fsm___pip_11_1_7 <= reset ? 0 : _d__idx_fsm___pip_11_1_7;
_q__full_fsm___pip_11_1_7 <= reset ? 0 : _d__full_fsm___pip_11_1_7;
_q__idx_fsm___pip_11_1_8 <= reset ? 0 : _d__idx_fsm___pip_11_1_8;
_q__full_fsm___pip_11_1_8 <= reset ? 0 : _d__full_fsm___pip_11_1_8;
_q__idx_fsm___pip_11_1_9 <= reset ? 0 : _d__idx_fsm___pip_11_1_9;
_q__full_fsm___pip_11_1_9 <= reset ? 0 : _d__full_fsm___pip_11_1_9;
end

endmodule